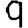
Digit: 9